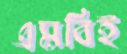
এমবিই